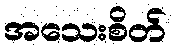
အသေးစိတ်